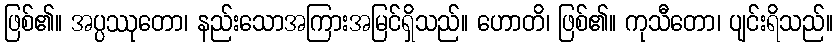
ဖြစ်၏။ အပ္ပဿုတော၊ နည်းသောအကြားအမြင်ရှိသည်။ ဟောတိ၊ ဖြစ်၏။ ကုသီတော၊ ပျင်းရိသည်။